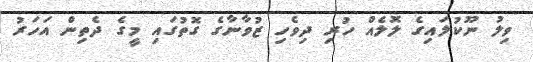
ވިލު ނޫކުލައިގެ ލޮލެއް ހުރި ދިވެހި ޒުވާނާގެ ގޮތުގައި މީގެ ދެތިން އަހަރު